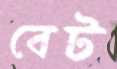
বেট